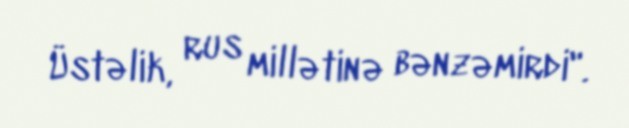
Üstəlik, rus millətinə bənzəmirdi".